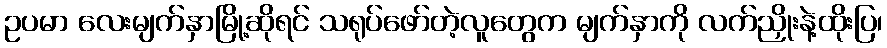
ဥပမာ လေးမျက်နှာမြို့ဆိုရင် သရုပ်ဖော်တဲ့လူတွေက မျက်နှာကို လက်ညှိုးနဲ့ထိုးပြ၊